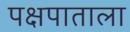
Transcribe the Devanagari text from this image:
पक्षपाताला